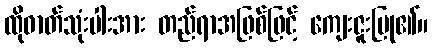
ထိုဓာတ်သုံးပါးအား တည်ရာအဖြစ်ဖြင့် ကျေးဇူးပြု၏။